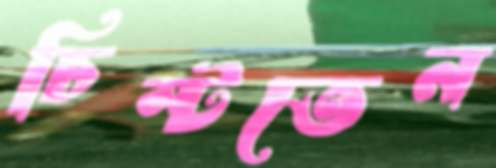
চিম্‌টতেন